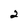
Character: 2